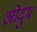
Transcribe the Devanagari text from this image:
ओदुम